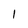
Character: 1